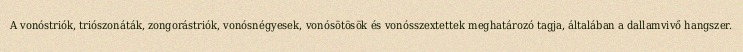
A vonóstriók, triószonáták, zongorástriók, vonósnégyesek, vonósötösök és vonósszextettek meghatározó tagja, általában a dallamvivő hangszer.